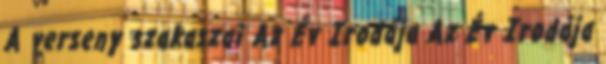
A verseny szakaszai Az Év Irodája Az Év Irodája